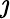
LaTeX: \jmath